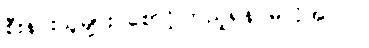
စီးနင်းသူများ စောင့်ကြည့်ရန် မလိုအပ်ပါ။